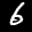
Label: 6